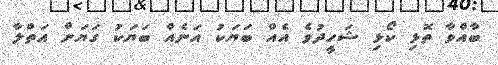
ބާއްވާ ތޮޅި ކޯޅި ޝަހީދުވެ އެއް ބަޔަކު އަނެއް ބަޔަކު ގަޔަށް އަތްލާ